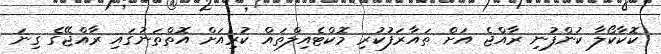
ކޮކާކޯލާ ކުންފުނި ރާއްޖެ އަށް ތައާރަފުކުރި މޮކްޓެއިލްތައް ކުރިއަށް އޮތްތަނުގައި ރާއްޖޭގެ ގިނަ